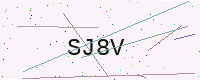
Text: SJ8V